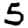
Digit: 5